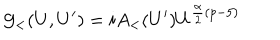
LaTeX: { \cal G } _ { < } ( U , U ^ { \prime } ) = i A _ { < } ( U ^ { \prime } ) U ^ { \frac { \alpha } { 2 } ( p - 5 ) }